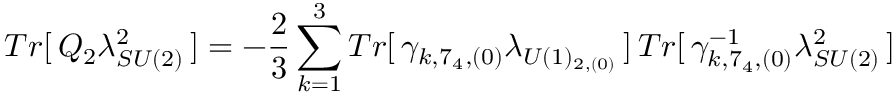
T r [ \, Q _ { 2 } \lambda _ { S U ( 2 ) } ^ { 2 } \, ] = - \frac { 2 } { 3 } \sum _ { k = 1 } ^ { 3 } T r [ \, \gamma _ { k , 7 _ { 4 } , ( 0 ) } \lambda _ { U ( 1 ) _ { 2 , ( 0 ) } } \, ] \, T r [ \, \gamma _ { k , 7 _ { 4 } , ( 0 ) } ^ { - 1 } \lambda _ { S U ( 2 ) } ^ { 2 } \, ]